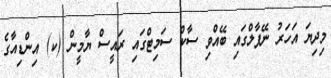
މިދިޔަ އަހަރު ނޭޕާލްގައި ބޭއްވި ސާކް ސަމިޓްގައި ރައީސް ޔާމީން (ކ) އިންޑިއާގެ